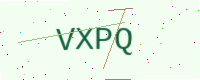
Text: VXPQ